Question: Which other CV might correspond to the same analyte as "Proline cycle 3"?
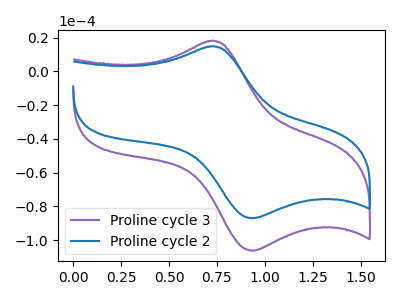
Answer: <think>The purple curve "Proline cycle 3" has an anodic peak at (0.70V, 18.10uA) and a cathodic peak at (0.95V, -106.35uA). The blue curve "Proline cycle 2" has an anodic peak at (0.70V, 14.80uA) and a cathodic peak at (0.95V, -87.10uA).
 All the peaks in "Proline cycle 3" have a peak in "Proline cycle 2" at the same potential. Every peak in "Proline cycle 3" is higher than every peak in "Proline cycle 2".</think>
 <answer>The CV with the most similar shape to "Proline cycle 2" is "Proline cycle 3".</answer>
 <eval>"Proline cycle 3"</eval>